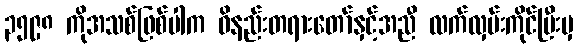
၃၅၉၈ ကိုအသစ်ဖြစ်ပါက ဝိနည်းတရားတော်နှင့်အညီ လက်လှမ်းကိုင်ပြီးမှ